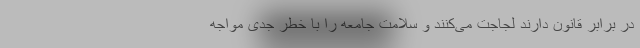
در برابر قانون دارند لجاجت می‌کنند و سلامت جامعه را با خطر جدی مواجه